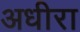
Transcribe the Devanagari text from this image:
अधीरा